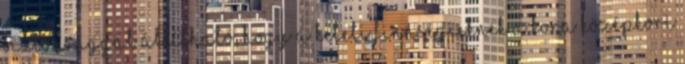
Biztonsággal állítható, hogy a keleti finnségieknek a kora középkori